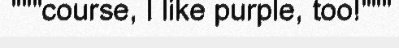
"""course, I like purple, too!"""